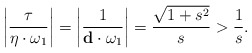
\begin{align*} \left \vert \frac{\tau}{\eta\cdot \omega_1}\right \vert =\left \vert \frac{1}{\mathbf d\cdot \omega_1}\right \vert=\frac{\sqrt{1+s^2}}{s}>\frac{1}{s}. \end{align*}